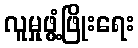
လူမှုဖွံ့ဖြိုးရေး